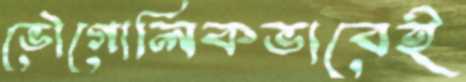
ভৌগোলিকভাবেই